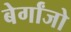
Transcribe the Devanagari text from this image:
बेर्गांजो